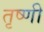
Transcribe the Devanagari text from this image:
तृष्णी